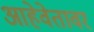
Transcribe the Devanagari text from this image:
आहेवेतावर